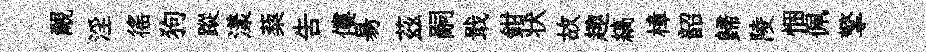
覼淫徭狗蹤漾蔾吿僂昜茲嗣戢鉗状故趣縞樟韶歸陵悃佩擎